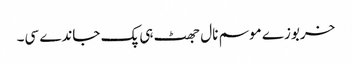
خربوزے موسم نال جھٹ ہی پک جاندے سی۔